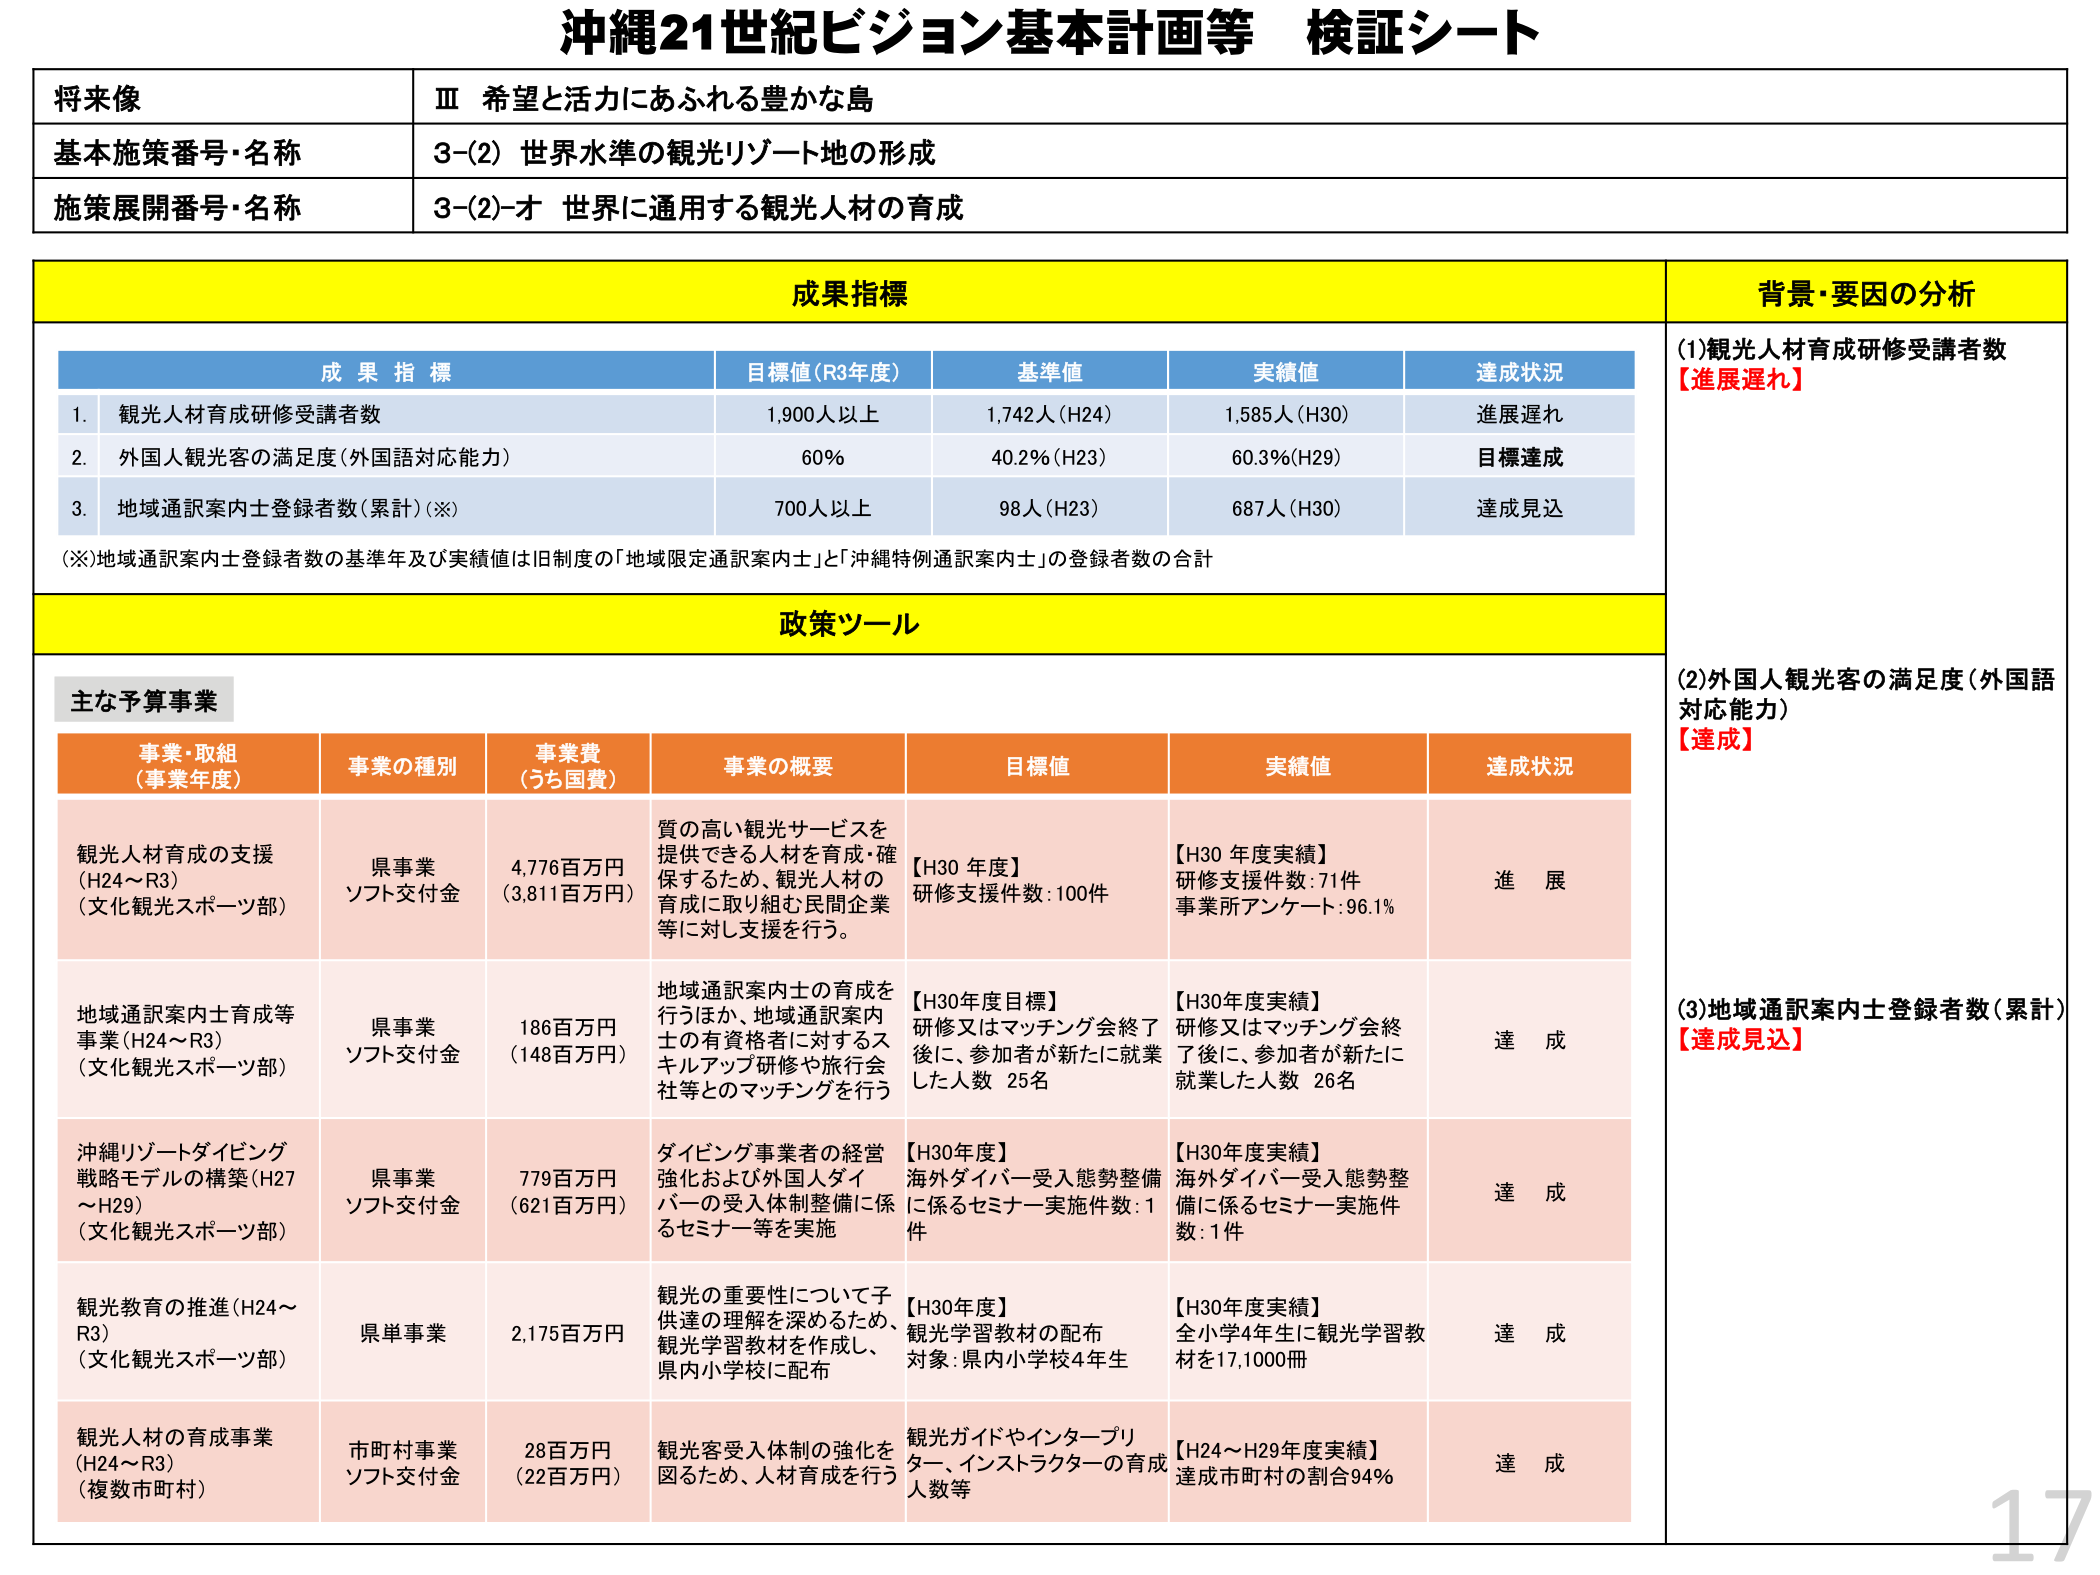
沖縄21世紀ビジョン基本計画等 検証シート

将来像
Ⅲ 希望と活力にあふれる豊かな島

基本施策番号・名称
3-(2) 世界水準の観光リゾート地の形成

施策展開番号・名称
3-(2)-オ 世界に通用する観光人材の育成

成果指標
背景・要因の分析

成果指標
目標値(R3年度)
基準値
実績値
達成状況

1. 観光人材育成研修受講者数
1,900人以上
1,742人(H24)
1,585人(H30)
進展遅れ

2. 外国人観光客の満足度(外国語対応能力)
60%
40.2%(H23)
60.3%(H29)
目標達成

3. 地域通訳案内士登録者数(累計)(※)
700人以上
98人(H23)
687人(H30)
達成見込

(※)地域通訳案内士登録者数の基準年及び実績値は旧制度の「地域限定通訳案内士」と「沖縄特例通訳案内士」の登録者数の合計

政策ツール

主な予算事業

事業・取組
(事業年度)
事業の種別
事業費
(うち国費)
事業の概要
目標値
実績値
達成状況

観光人材育成の支援
(H24～R3)
(文化観光スポーツ部)
県事業
ソフト交付金
4,776百万円
(3,811百万円)
質の高い観光サービスを提供できる人材を育成・確保するため、観光人材の育成に取り組む民間企業等に対し支援を行う。
【H30年度】
研修支援件数:100件
【H30年度実績】
研修支援件数:71件
事業所アンケート:96.1%
進展

地域通訳案内士育成等事業(H24～R3)
(文化観光スポーツ部)
県事業
ソフト交付金
186百万円
(148百万円)
地域通訳案内士の育成を行うほか、地域通訳案内士の有資格者に対するスキルアップ研修や旅行会社等とのマッチングを行う
【H30年度目標】
研修又はマッチング会終了後に、参加者が新たに就業した人数 25名
【H30年度実績】
研修又はマッチング会終了後に、参加者が新たに就業した人数 26名
達成

沖縄リゾートダイビング戦略モデルの構築(H27～H29)
(文化観光スポーツ部)
県事業
ソフト交付金
779百万円
(621百万円)
ダイビング事業者の経営強化および外国人ダイバーの受入体制整備に係るセミナー等を実施
【H30年度】
海外ダイバー受入態勢整備に係るセミナー実施件数:1件
【H30年度実績】
海外ダイバー受入態勢整備に係るセミナー実施件数:1件
達成

観光教育の推進(H24～R3)
(文化観光スポーツ部)
県単事業
2,175百万円
観光の重要性について子供達の理解を深めるため、観光学習教材を作成し、県内小学校に配布
【H30年度】
観光学習教材の配布対象:県内小学校4年生
【H30年度実績】
全小学4年生に観光学習教材を17,1000冊
達成

観光人材の育成事業
(H24～R3)
(複数市町村)
市町村事業
ソフト交付金
28百万円
(22百万円)
観光客受入体制の強化を図るため、人材育成を行う
観光ガイドやインタープリター、インストラクターの育成人数等
【H24～H29年度実績】
達成市町村の割合94%
達成

(1)観光人材育成研修受講者数
【進展遅れ】

(2)外国人観光客の満足度(外国語対応能力)
【達成】

(3)地域通訳案内士登録者数(累計)
【達成見込】

17